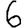
Digit: 6